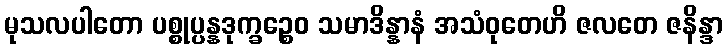
မုသလပါတော ပစ္စုပ္ပန္နဒုက္ခဉ္စေဝ သမာဒိန္နာနံ အသံဝုတေဟိ ဇလတေ ဇနိန္ဒာ